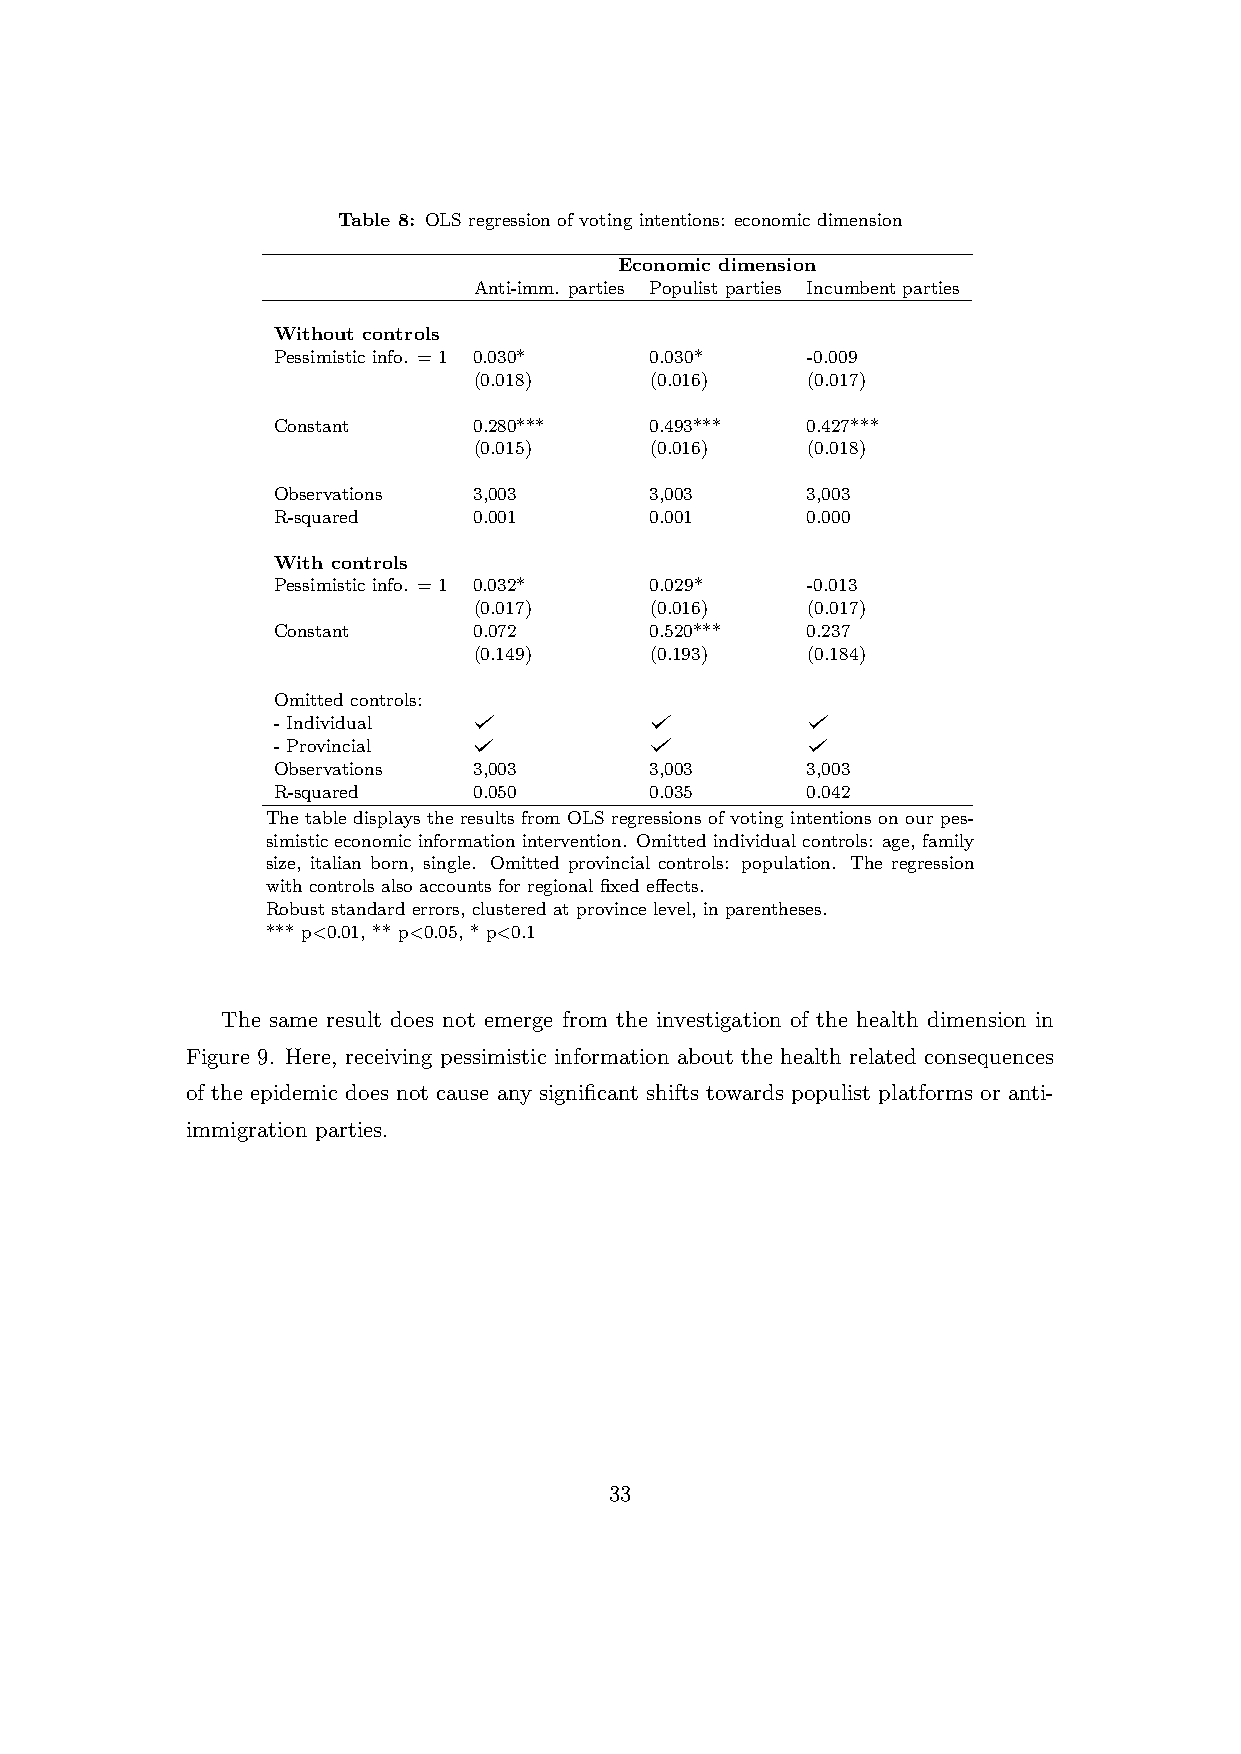
Table 8: OLS regression of voting intentions: economic dimension
 Economic dimension
 Anti-imm. parties Populist parties Incumbent parties
 Without controls
 Pessimistic info. = 1 0.030* 0.030* -0.009
 (0.018)     (0.016)   (0.017)
 Constant     0.280***    0.493***  0.427***
 (0.015)     (0.016)   (0.018)
 Observations 3,003       3,003     3,003
 R-squared    0.001       0.001     0.000
 With controls
 Pessimistic info. = 1 0.032* 0.029* -0.013
 (0.017)     (0.016)   (0.017)
 Constant     0.072       0.520***  0.237
 (0.149)     (0.193)   (0.184)
 Omitted controls:
 - Individual
 - Provincial
 Observations 3,003       3,003     3,003
 R-squared    0.050       0.035     0.042
 The table displays the results from OLS regressions of voting intentions on our pes-
 simistic economic information intervention. Omitted individual controls: age, family
 size, italian born, single. Omitted provincial controls: population. The regression
 with controls also accounts for regional fixed effects.
 Robust standard errors, clustered at province level, in parentheses.
 *** p<0.01, ** p<0.05, * p<0.1
 The same result does not emerge from the investigation of the health dimension in
 Figure 9. Here, receiving pessimistic information about the health related consequences
 of the epidemic does not cause any significant shifts towards populist platforms or anti-
 immigration parties.
 33